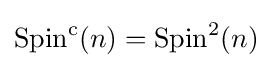
\operatorname {Spin} ^{\mathrm {c} }(n)=\operatorname {Spin} ^{2}(n)